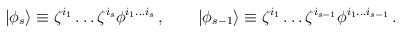
\begin{align*}|\phi_s\rangle\equiv\zeta^{i_1}\ldots\zeta^{i_s}\phi^{i_1\ldots i_s}\,,\qquad|\phi_{s-1}\rangle\equiv\zeta^{i_1}\ldots\zeta^{i_{s-1}}\phi^{i_1\ldots i_{s-1}}\,.\end{align*}